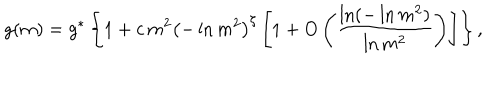
g ( m ) = g ^ { * } \left\{ 1 + c \, m ^ { 2 } \left( - \ln m ^ { 2 } \right) ^ { \zeta } \left[ 1 + O \left( { \frac { \ln ( - \ln m ^ { 2 } ) } { \ln m ^ { 2 } } } \right) \right] \right\} ,